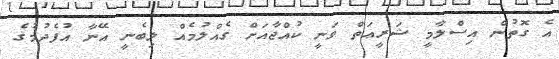
އެ ގޮތުން އިސްލާމީ ޝަރީޢަތް ވަނީ ކުއްޖާއަށް ގެއްލުމެއް ލިބެނީ އޭނާ އުފެދުމުގެ